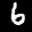
Label: 6